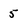
Character: 5